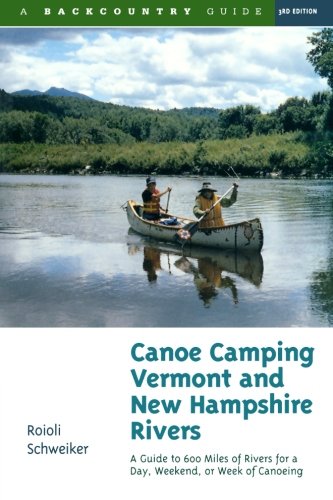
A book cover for Canoe Camping Vermont and New Hampshire Rivers: A Guide to 600 Miles of Rivers for a Day, Weekend, or Week of Canoeing (Backcountry Guides); Roioli Schweiker; Travel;